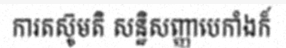
ការតស៊ូមតិ សន្ឋិសញ្ញាបេកាំងក៏